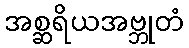
အစ္ဆရိယအဗ္ဘုတံ